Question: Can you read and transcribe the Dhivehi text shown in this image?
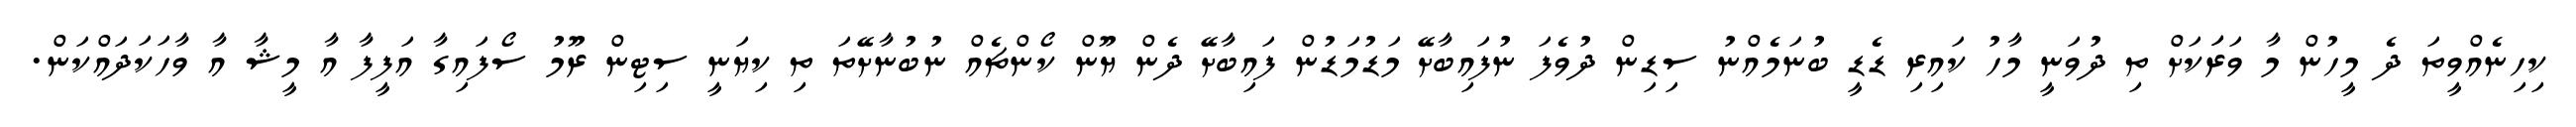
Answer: ކިހިނެއްވީތަ ދެ މީހުން މާ ވަރަަކަށް ތި ދުވަނީ މާހު ކައިރި ޑެޑީ ބުނަމެއްނު ސިޑިން ދުވެފަ ނުފައިބާށޭ މަޑުމަޑުން ފައިބާށޭ ދެން ޔޫން ކޯންޗެއް ނުބުނާށޭތަ ތި ކިޔަނީ ސިޓިން ރޫމު ސޯފައިގާ އަފީފާ އާ މީޝާ އާ ވާހަކަދައްކަން.